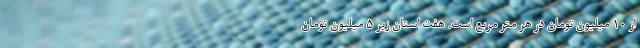
از ۱۰ میلیون تومان در هر متر مربع است. هفت استان زیر ۵ میلیون تومان